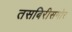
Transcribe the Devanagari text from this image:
तसबिरीसमोर